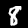
Digit: 8